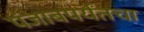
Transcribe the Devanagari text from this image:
पंजाबपर्यंतचा